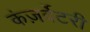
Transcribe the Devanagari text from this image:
कंज़र्वेटरी